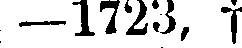
-1723, f.